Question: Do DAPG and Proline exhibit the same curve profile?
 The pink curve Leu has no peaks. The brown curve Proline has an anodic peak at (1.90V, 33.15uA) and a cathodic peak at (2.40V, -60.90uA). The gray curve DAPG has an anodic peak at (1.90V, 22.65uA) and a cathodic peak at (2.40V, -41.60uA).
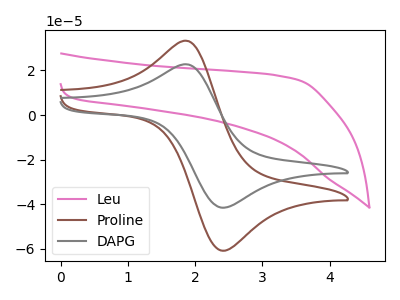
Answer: <think>All the peaks in "DAPG" have a peak in "Proline" at the same potential. Every peak in "DAPG" is lower than every peak in "Proline".
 </think>
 <answer>"DAPG" and "Proline" are similar in shape.</answer>
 <eval>same_shape</eval>